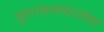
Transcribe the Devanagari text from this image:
वृंदावनवर्णन